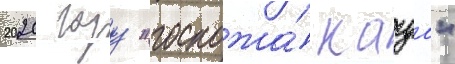
2020 году "госпожа́ кагуа"